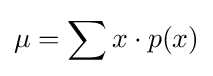
\mu =\sum x\cdot p(x)